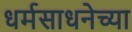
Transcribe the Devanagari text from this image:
धर्मसाधनेच्या